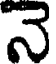
నె